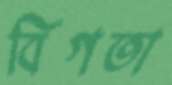
বিগতা